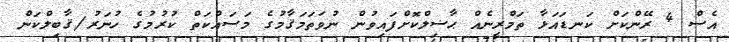
އެސް 4 ރޭންކަށް ކަނޑައަޅާ ތަމްރީނެއް ޙާޟިލްކޮށްފައިވުން ނުވަތަމަޤާމުގެ މަސައްކަތް ކުރުމުގެ ހުނަރު/ޤާބިލްކަން